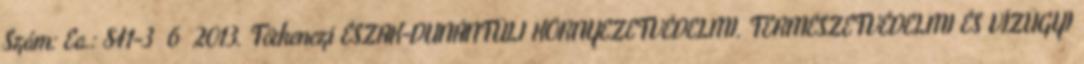
Szám: Ea.: 841-3 6 2013. Törkenczi ÉSZAK-DUNÁNTÚLI KÖRNYEZETVÉDELMI, TERMÉSZETVÉDELMI ÉS VÍZÜGYI